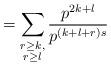
LaTeX: \begin{align*}= \sum_{\substack{ r \geq k, \\ r \geq l}} \frac{p^{2k+l}}{p^{(k+l+r)s}}\end{align*}